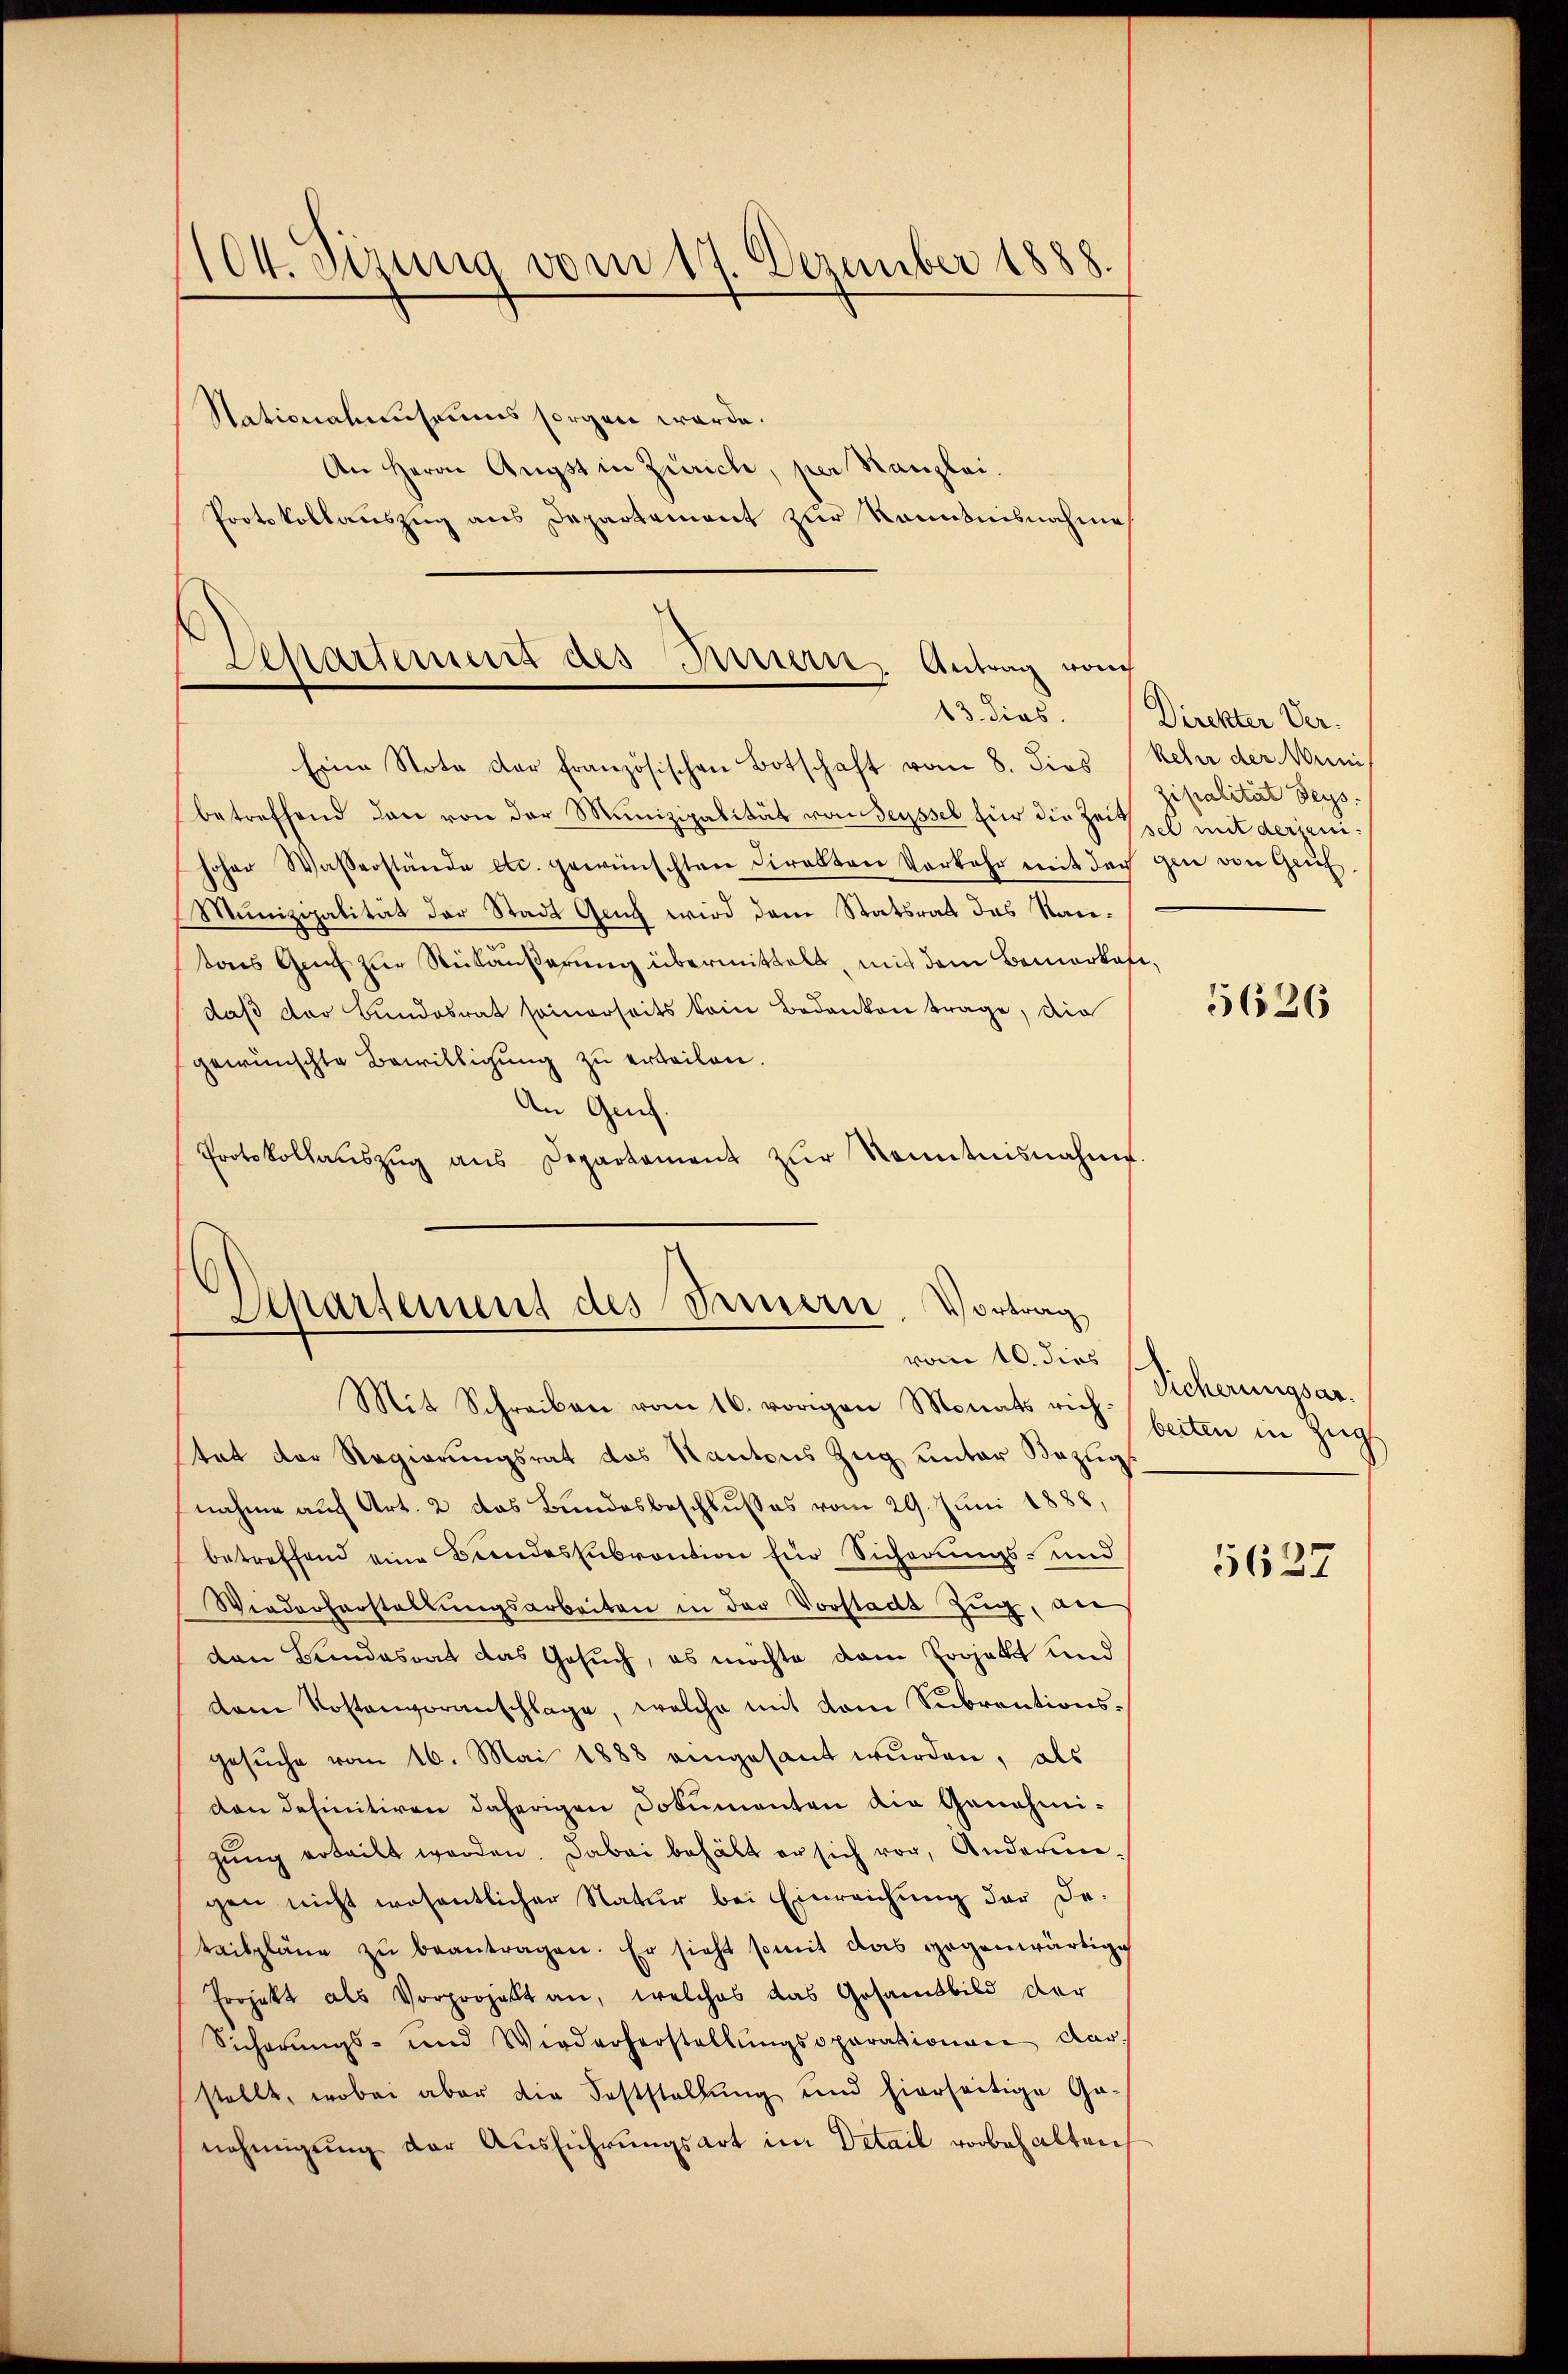
104. Sizung vom 17. Dezember 1888.

Nationalenseums sorgen werde.
An Herrn Angst in Zürich, per Kanzlei.
Protokollauszug aus Departement zur Kenntnisnahme

Departement des Innern Antrag noch
13. dies

Eine Nota der französischen Botschaft vom 8. dies kehr der Muni
betreffend dann von der Munizipalität von Seyssel für die Zeit et mit derjenihoher Wasserstände etc. gewünschten Direkten Vorkehr mit der gen von Gruf
Munizipalität der Stadt Ging wird dem Statsrat des Rautors Greif zur Rückäußerung übermittelt, mit dem Bemerkes,
daß der Bundesrat seinerseits kein Bedanken trage, die
gewünschte Bewilligung zu erteilen.
An Genf.
Protokollaŭszŭg aŭs Departement zŭr Kenntnisnahme.

Separtement des Innern. Vortrag
vom 10. dies
Mit Schreiben vom 16. vorigen Monats rich-

tat der Regierungsrat des Kantons Zug unter Bezug
nahme auf Art. 2 das Bundesbeschlusses vom 29. Juni 1888,
betreffend eine Bundessubvention für Sicherungs- und
Wiederherstellŭngsarbeiten in der Vorstadt Zŭg, de
den Bundesrat das Gesuch, es möchte dem Projekt und
dem Kostenvoranschlage, welche mit dem Subrentionsgesŭche vom 16. Mai 1888 angesant wŭrden, als
dan definitiven daherigen Dokumenten die Genehmi-
zŭng erteilt werden. Dabei behält er sich vor, Anderen-
gen nicht wesentlicher Natur bei Einreichung der Detailpläne zu beantragen. Er sieht somit das gegenwärtige
Projekt als Vorprojekt an, welches das Gesamtbild der
Sicherŭngs- und Wiederherstellŭngsoparationen dar-
stellt, wobei aber die Feststellung und hierseitige Ga-
nehmigung der Ausführungsart im Detail vorbehalten

Direkter Ver-
zipalität ders.

5626

Sicherungsarbeiten in Zug

5627